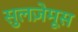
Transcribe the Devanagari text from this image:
सुलज़ेमूस